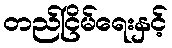
တည်ငြိမ်ရေးနှင့်